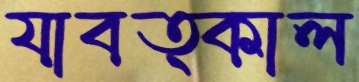
যাবত্কাল